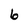
Character: b